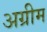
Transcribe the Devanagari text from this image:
अग्रीम